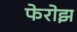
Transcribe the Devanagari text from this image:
फेरोझ